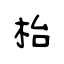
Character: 枱